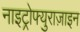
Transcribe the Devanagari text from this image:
नाइट्रोफ्युराज़ाइन